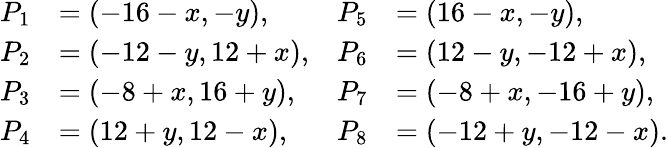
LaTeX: \begin{array}{rlrl}{P_{1}}&{=(-16-x,-y),}&{P_{5}}&{=(16-x,-y),}\\ {P_{2}}&{=(-12-y,12+x),}&{P_{6}}&{=(12-y,-12+x),}\\ {P_{3}}&{=(-8+x,16+y),}&{P_{7}}&{=(-8+x,-16+y),}\\ {P_{4}}&{=(12+y,12-x),}&{P_{8}}&{=(-12+y,-12-x).}\end{array}